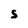
Character: S